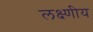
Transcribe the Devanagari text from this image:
लक्ष्णीय